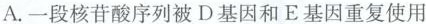
A.一段核苷酸序列被D基因和E基因重复使用